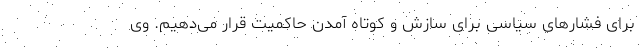
برای فشار‌های سیاسی برای سازش و کوتاه آمدن حاکمیت قرار می‌دهیم. وی